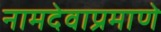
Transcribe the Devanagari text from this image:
नामदेवाप्रमाणे